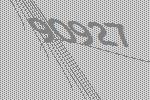
90927